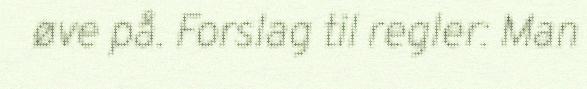
øve på. Forslag til regler: Man